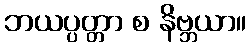
ဘယပ္ပတ္တာ စ နိဗ္ဘယာ။